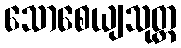
သောစေယျသုတ္တ